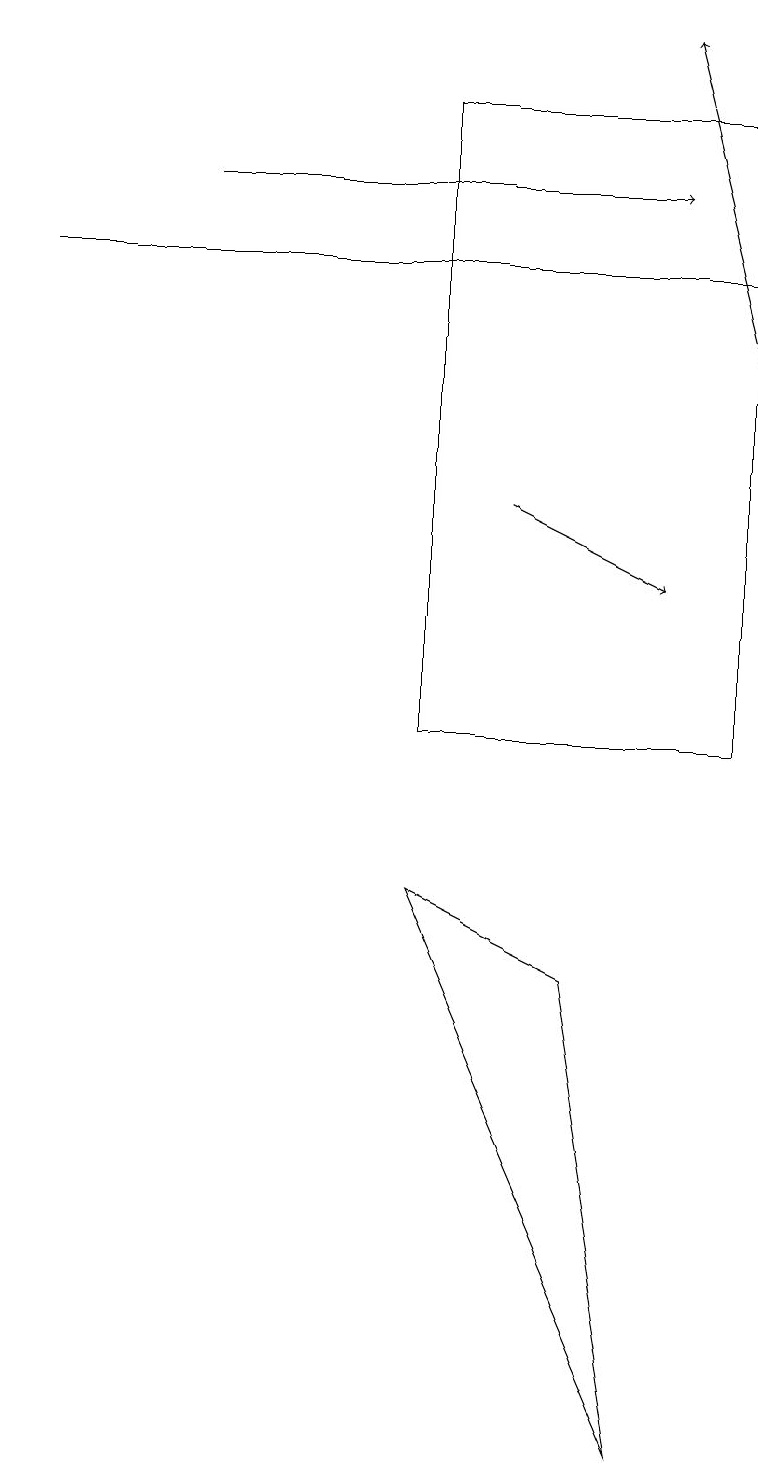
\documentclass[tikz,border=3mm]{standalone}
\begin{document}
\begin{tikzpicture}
\draw (8,1) -- (7,7) -- (5,8) -- cycle;
\draw[->] (6,13) -- (8,12);
\draw (5,10) rectangle (9,18);
\draw[->] (2,17) -- (8,17);
\draw[->] (0,16) -- (9,16);
\draw[->] (9,15) -- (8,19);
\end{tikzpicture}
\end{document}